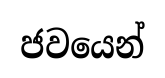
ජවයෙන්